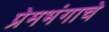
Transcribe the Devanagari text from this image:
प्रेमभंगाचे